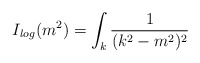
\begin{align*}I_{log} (m^2) = \int_k \frac{1}{(k^2-m^2)^2}\end{align*}